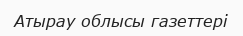
Атырау облысы газеттері